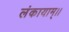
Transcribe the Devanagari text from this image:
लंकायाम्।।